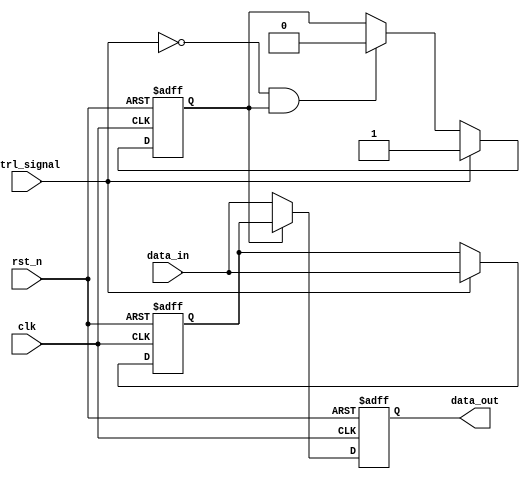
module hold_condition (
    input wire clk,               // Clock signal
    input wire rst_n,             // Active low reset
    input wire ctrl_signal,       // Control signal to enable hold condition
    input wire data_in,           // Primary data input
    output reg data_out           // Data output
);

    // Internal variable to hold the captured value
    reg data_hold;
    // State flag for hold condition
    reg hold_active;

    always @(posedge clk or negedge rst_n) begin
        if (!rst_n) begin
            data_out <= 1'b0;     // Clear output on reset
            data_hold <= 1'b0;    // Clear held data
            hold_active <= 1'b0;  // Clear hold state
        end else begin
            if (ctrl_signal) begin
                // If control signal is activated, capture the input
                data_hold <= data_in;
                hold_active <= 1'b1; // Set hold state
            end else if (!ctrl_signal && hold_active) begin
                // When control signal is deactivated, verify hold state
                hold_active <= 1'b0; // Clear hold state
            end
            
            // Output logic
            if (hold_active) begin
                data_out <= data_hold; // Maintain held value
            end else begin
                data_out <= data_in;   // Follow data input
            end
        end
    end

endmodule